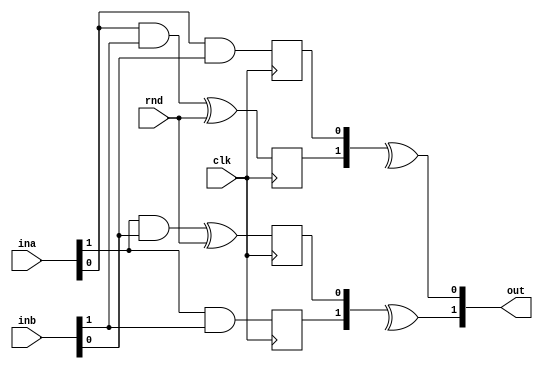
// SPDX-FileCopyrightText: SIMPLE-Crypto Contributors <info@simple-crypto.dev>
// SPDX-License-Identifier: CERN-OHL-P-2.0
// Copyright SIMPLE-Crypto Contributors.
// This source describes Open Hardware and is licensed under the CERN-OHL-P v2.
// You may redistribute and modify this source and make products using it under
// the terms of the CERN-OHL-P v2 (https://ohwr.org/cern_ohl_p_v2.txt).
// This source is distributed WITHOUT ANY EXPRESS OR IMPLIED WARRANTY, INCLUDING
// OF MERCHANTABILITY, SATISFACTORY QUALITY AND FITNESS FOR A PARTICULAR PURPOSE.
// Please see the CERN-OHL-P v2 for applicable conditions.

// Masked AND DOM gadget.
`ifdef FULLVERIF
(* fv_prop = "NI", fv_strat = "assumed", fv_order=d *)
`endif
`ifndef DEFAULTSHARES
`define DEFAULTSHARES 2
`endif
module MSKand_dom #(parameter d=`DEFAULTSHARES) (ina, inb, rnd, clk, out);

localparam n_rnd=d*(d-1)/2;

(* fv_type = "sharing", fv_latency = 0 *) input  [d-1:0] ina, inb;
(* fv_type = "random", fv_count = 1, fv_rnd_lat_0 = 0, fv_rnd_count_0 = n_rnd *) input [n_rnd-1:0] rnd;
(* fv_type = "clock" *) input clk;
(* fv_type = "sharing", fv_latency = 1 *) output [d-1:0] out;

genvar i,j;

// unpack vector to matrix --> easier for randomness hendeling
wire [d-1:0] rnd_mat [d-1:0]; 
for(i=0; i<d; i=i+1) begin: igen
    assign rnd_mat[i][i] = 0;
    for(j=i+1; j<d; j=j+1) begin: jgen
        assign rnd_mat[j][i] = rnd[((i*d)-i*(i+1)/2)+(j-1-i)];
        assign rnd_mat[i][j] = rnd_mat[j][i];
    end
end

for(i=0; i<d; i=i+1) begin: ParProdI
    reg [d-1:0] rfrsh_reg;
    assign out[i] = ^rfrsh_reg;
    for(j=0; j<d; j=j+1) begin: ParProdJ
        wire mult_wire = ina[i] & inb[j];
        wire rfrsh_wire = mult_wire ^ rnd_mat[i][j];
        always @(posedge clk) begin
            rfrsh_reg[j] <= rfrsh_wire;
        end
    end
end

endmodule